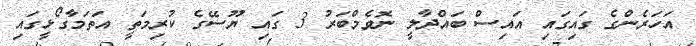
އަހަރެންގެ ގައިގައި އައިސް ބައްދާލީ ނޮވެމްބަރު 3 ގައި ޔޫސޭގެ ކުރިމަތީ އަތަމާގޯޅީގައި